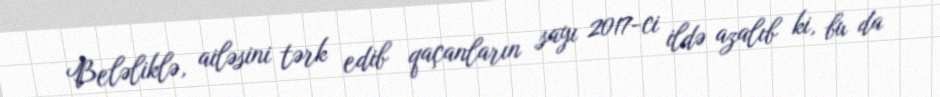
Beləliklə, ailəsini tərk edib qaçanların sayı 2017-ci ildə azalıb ki, bu da